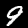
Digit: 9